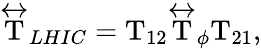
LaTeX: \stackrel{\leftrightarrow}{\mathrm{T}}_{LHIC}=\mathrm{T}_{12}\stackrel{\leftrightarrow}{\mathrm{T}}_{\phi}\mathrm{T}_{21},